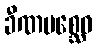
ခီဏမစ္ဆေဝ